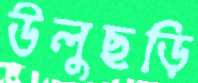
উলুছড়ি